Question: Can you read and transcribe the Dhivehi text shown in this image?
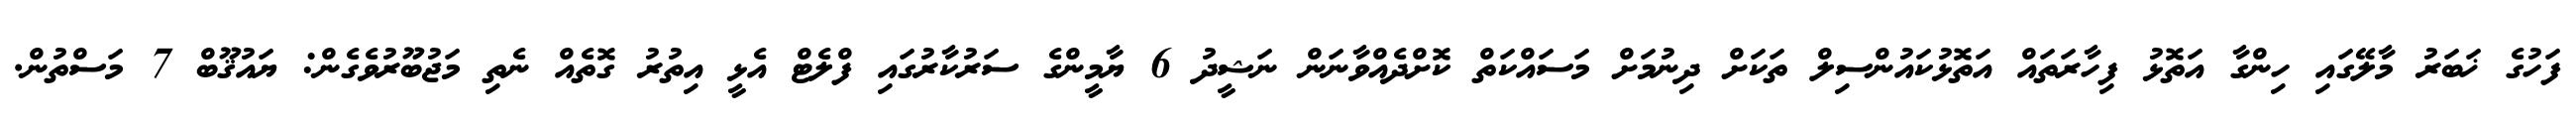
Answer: ފަހުގެ ޚަބަރު މާލޭގައި ހިންގާ އަތޮޅު ފިހާރަތައް އަތޮޅުކައުންސިލް ތަކަށް ދިނުމަށް މަސައްކަތް ކޮށްދެއްވާނަން ނަޝީދު 6 ޔާމީންގެ ސަރުކާރުގައި ފްލެޓް އެޅީ އިތުރު ގޮތެއް ނެތި މަޖުބޫރުވެގެން: ޔައުޤޫބް 7 މަސްތުން.